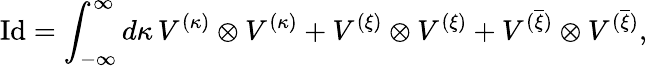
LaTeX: \mathrm{Id}=\int_{-\infty}^{\infty}d\kappa\, V^{(\kappa)}\otimes V^{(\kappa)}+V^{(\xi)}\otimes V^{(\xi)}+V^{(\overline{{{\xi}}})}\otimes V^{(\overline{{{\xi}}})},